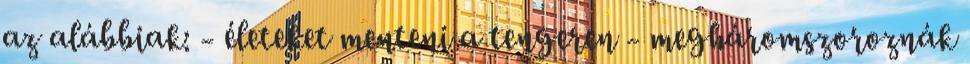
az alábbiak: - életeket menteni a tengeren - megháromszoroznák